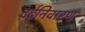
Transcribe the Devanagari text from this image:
दर्दनिवारण